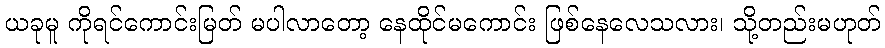
ယခုမူ ကိုရင်ကောင်းမြတ် မပါလာတော့ နေထိုင်မကောင်း ဖြစ်နေလေသလား၊ သို့တည်းမဟုတ်